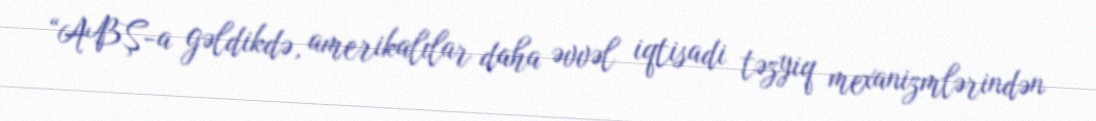
“ABŞ-a gəldikdə, amerikalılar daha əvvəl iqtisadi təzyiq mexanizmlərindən